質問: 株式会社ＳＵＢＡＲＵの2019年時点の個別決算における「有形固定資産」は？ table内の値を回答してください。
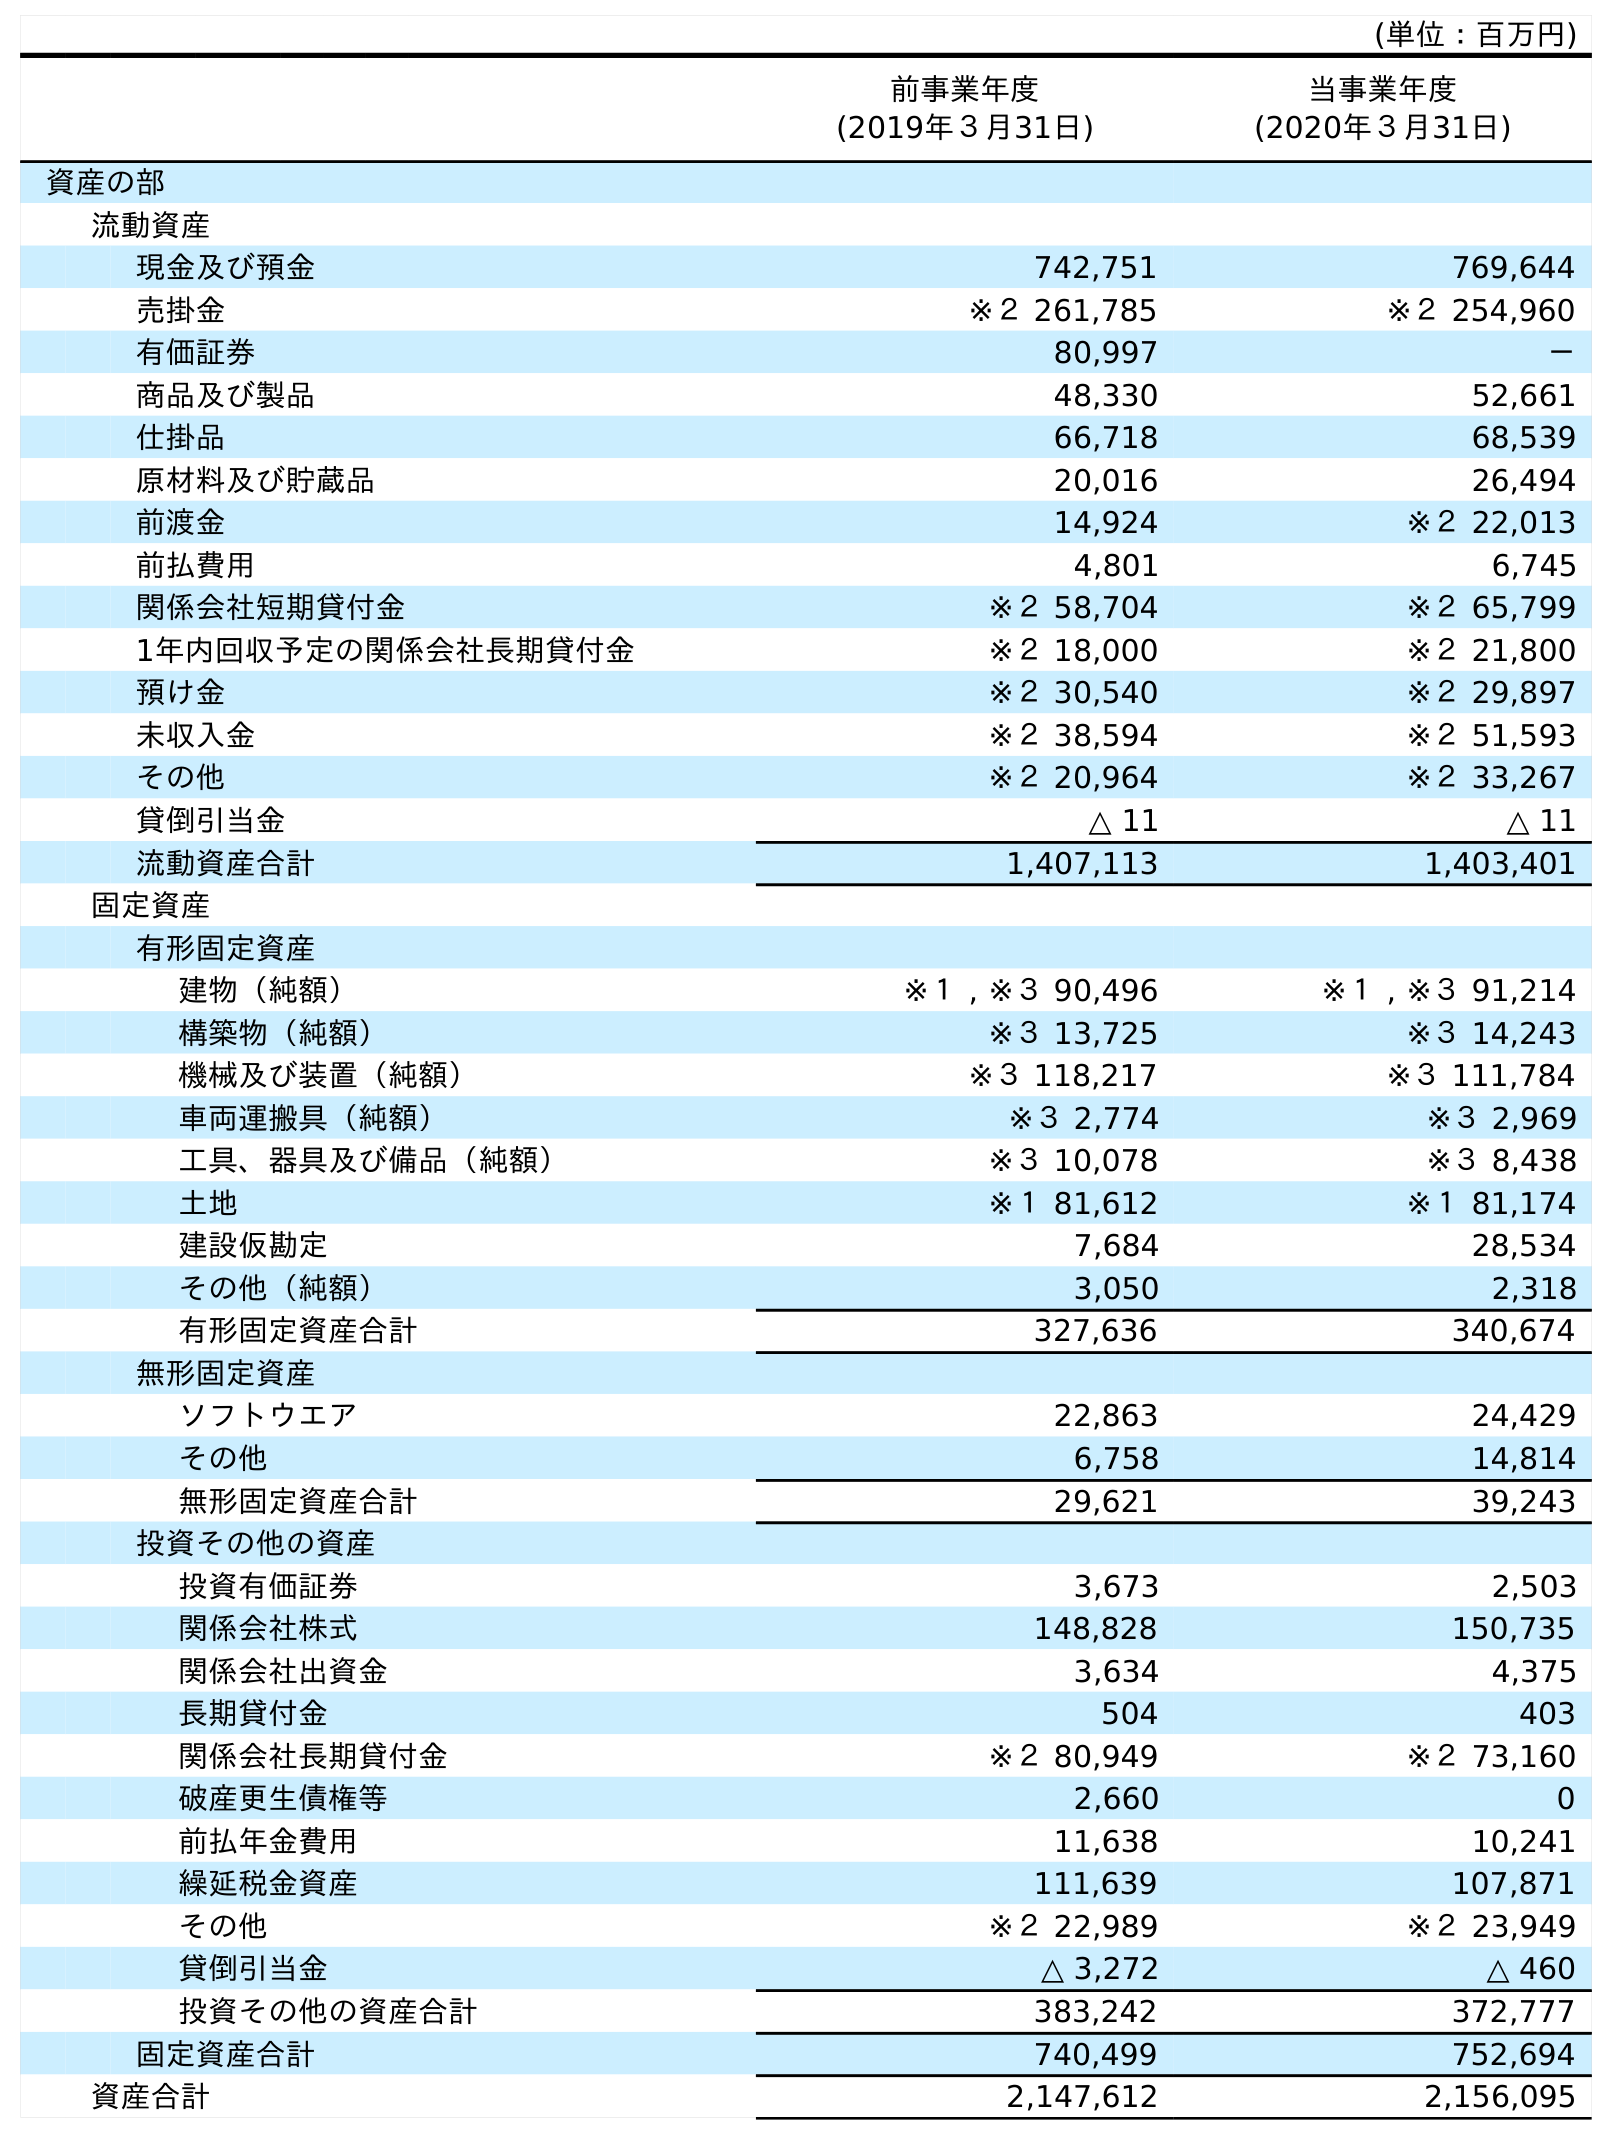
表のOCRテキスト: (単位：百万円) 前事業年度 (2019年３月31日) 当事業年度 (2020年３月31日) 資産の部 流動資産 現金及び預金 742,751 769,644 売掛金 ※２ 261,785 ※２ 254,960 有価証券 80,997 － 商品及び製品 48,330 52,661 仕掛品 66,718 68,539 原材料及び貯蔵品 20,016 26,494 前渡金 14,924 ※２ 22,013 前払費用 4,801 6,745 関係会社短期貸付金 ※２ 58,704 ※２ 65,799 1年内回収予定の関係会社長期貸付金 ※２ 18,000 ※２ 21,800 預け金 ※２ 30,540 ※２ 29,897 未収入金 ※２ 38,594 ※２ 51,593 その他 ※２ 20,964 ※２ 33,267 貸倒引当金 △ 11 △ 11 流動資産合計 1,407,113 1,403,401 固定資産 有形固定資産 建物（純額） ※１ , ※３ 90,496 ※１ , ※３ 91,214 構築物（純額） ※３ 13,725 ※３ 14,243 機械及び装置（純額） ※３ 118,217 ※３ 111,784 車両運搬具（純額） ※３ 2,774 ※３ 2,969 工具、器具及び備品（純額） ※３ 10,078 ※３ 8,438 土地 ※１ 81,612 ※１ 81,174 建設仮勘定 7,684 28,534 その他（純額） 3,050 2,318 有形固定資産合計 327,636 340,674 無形固定資産 ソフトウエア 22,863 24,429 その他 6,758 14,814 無形固定資産合計 29,621 39,243 投資その他の資産 投資有価証券 3,673 2,503 関係会社株式 148,828 150,735 関係会社出資金 3,634 4,375 長期貸付金 504 403 関係会社長期貸付金 ※２ 80,949 ※２ 73,160 破産更生債権等 2,660 0 前払年金費用 11,638 10,241 繰延税金資産 111,639 107,871 その他 ※２ 22,989 ※２ 23,949 貸倒引当金 △ 3,272 △ 460 投資その他の資産合計 383,242 372,777 固定資産合計 740,499 752,694 資産合計 2,147,612 2,156,095
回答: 327,636